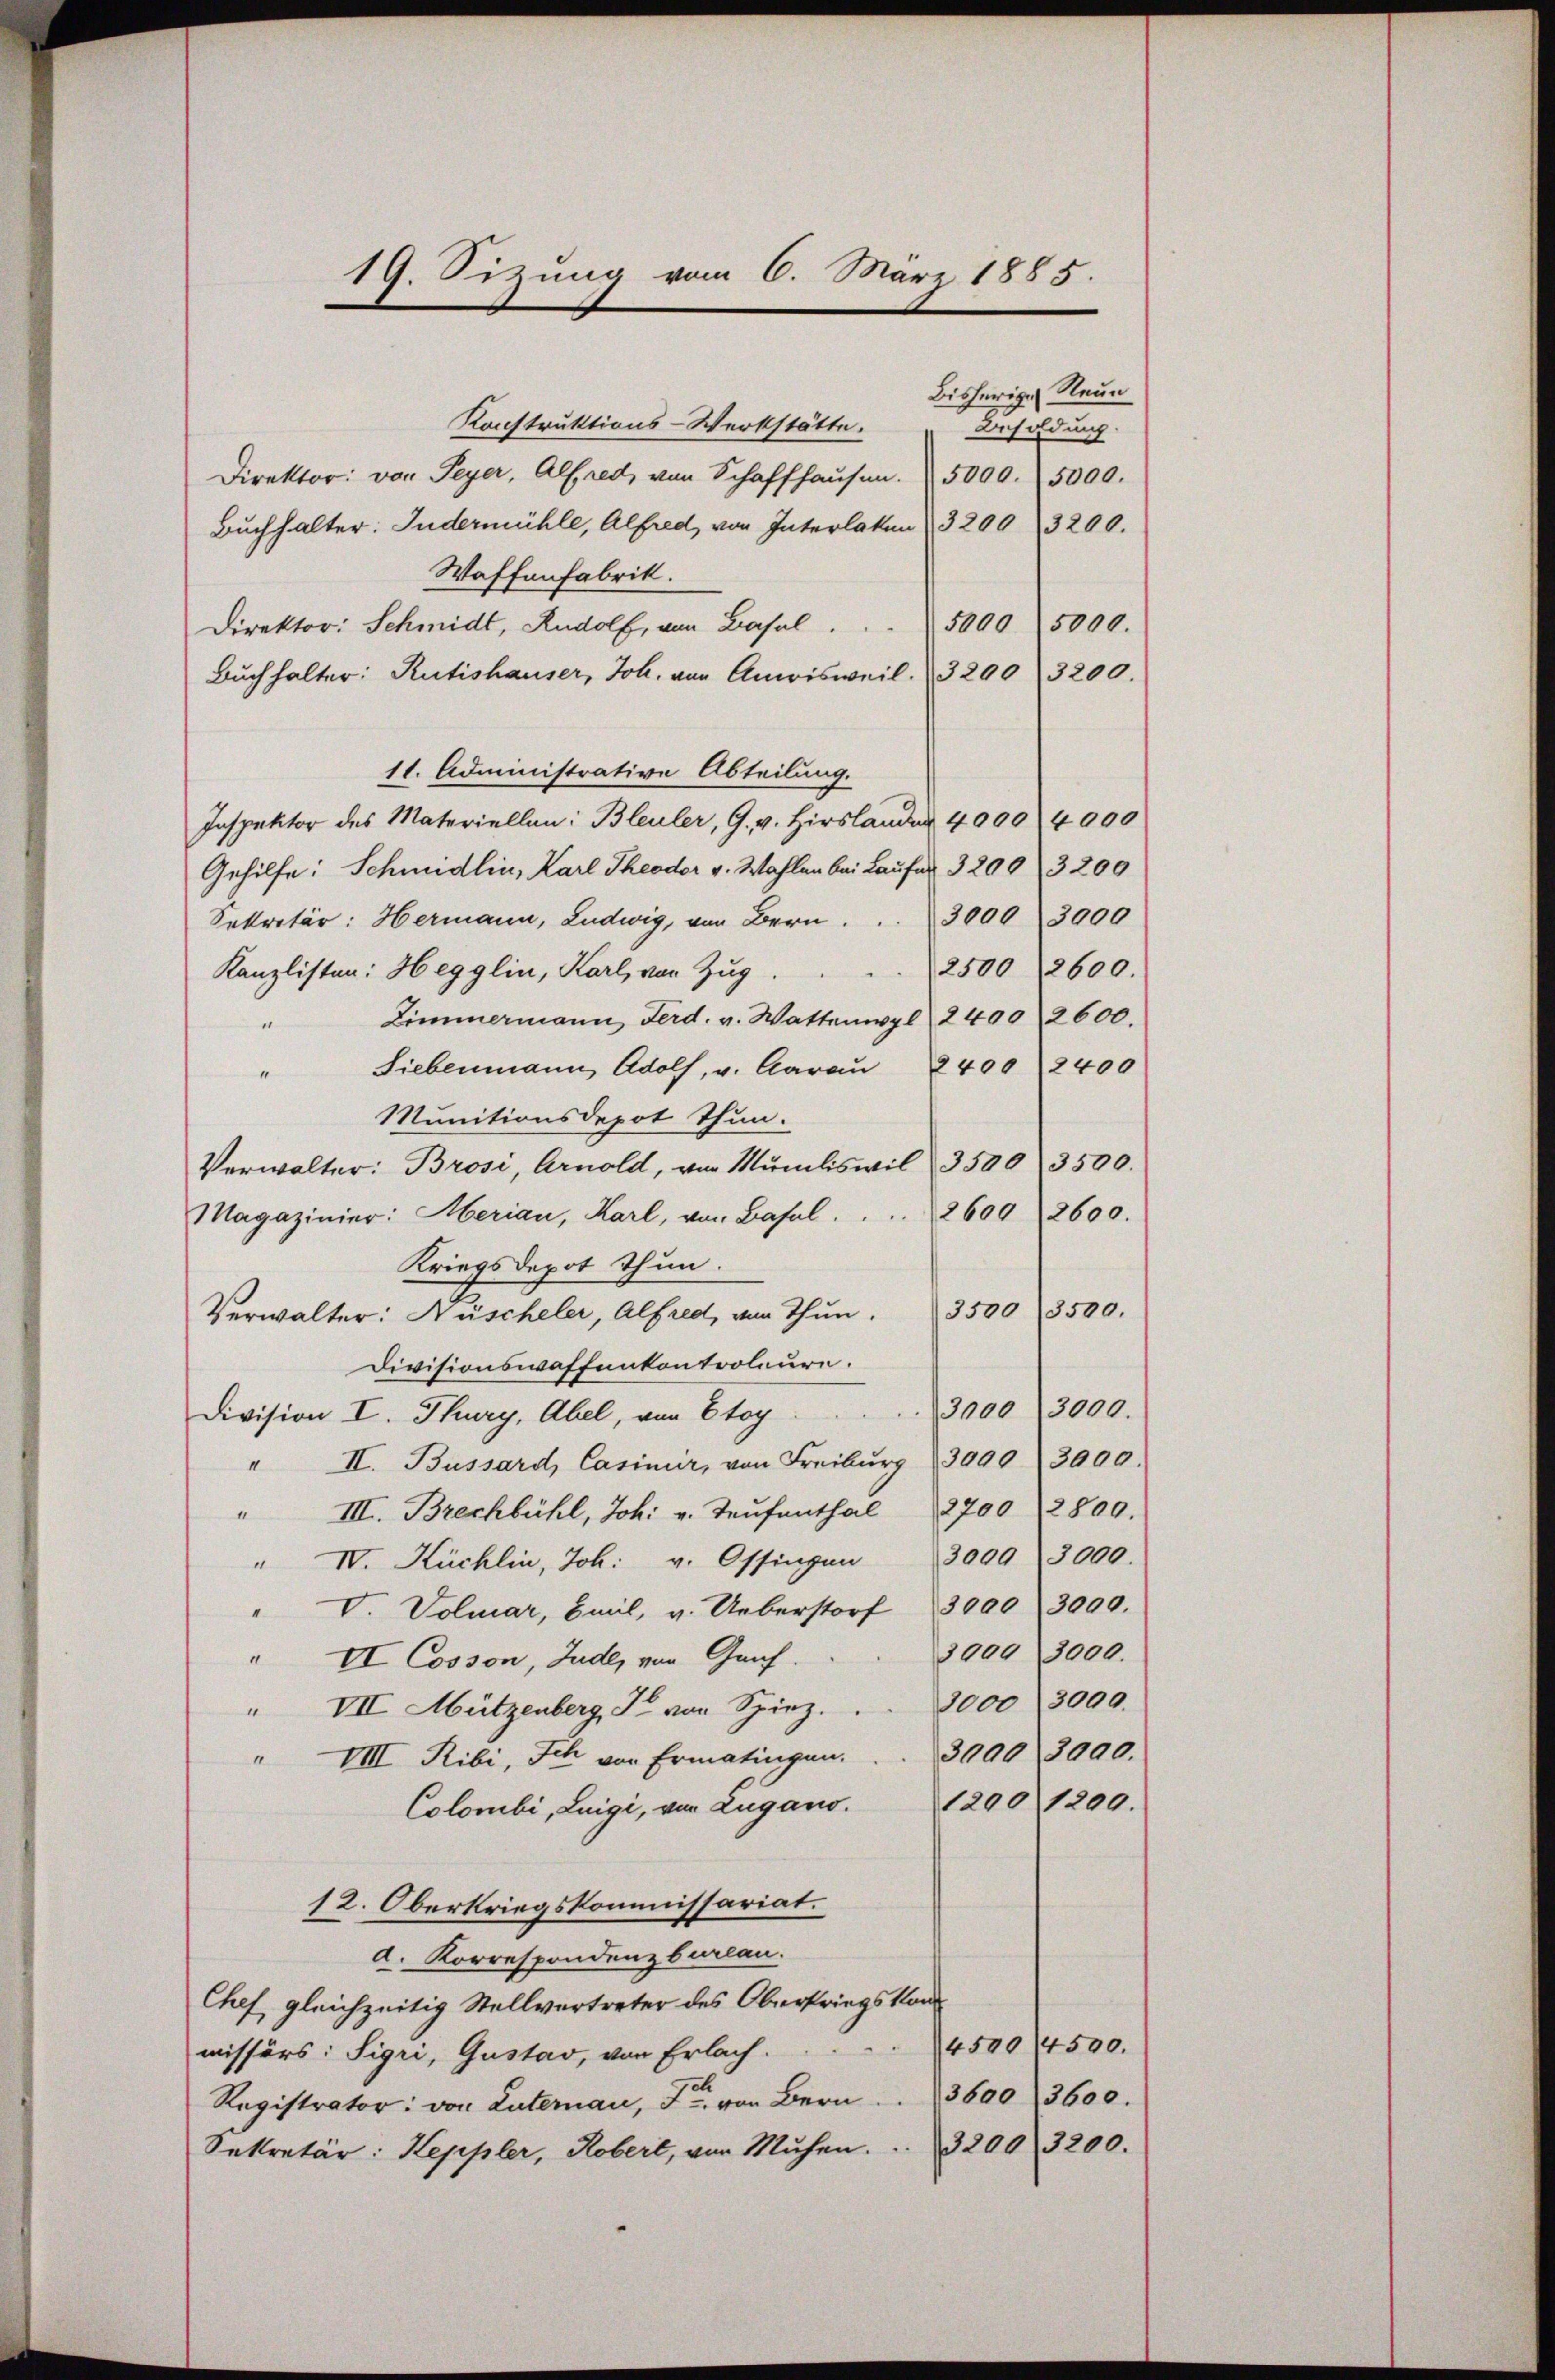
19. Sizung vom 6. März 1885.

Bisherige Neue
Konstruktions-Werkstätte.
Besoldung.
Direktor: von Feyer, Alfred von Schaffhaŭsen. 5000. 5000.
Buchhalter: Indermühle, Alfred, von Interlaken 3200 3200.
Waffenfabrik.
5000 5000.
Direktor: Schmidt, Rudolf, von Basel.
Buchhalter: Rütishauser, Joh. von Anisweil. 3200 3200.
11. Administrative Abteilung.
Inspektor des Materiellen: Bleuler, G. v. Hirslander 4000 4000
Gehilfe: Schmidlin, Karl Theodor v. Wahlen bei Laufer 3200. 3200
Sekretär: Hermann, Ludwig, von Bern . . . 3000 3000
2500 (8600.
Kanzlisten: Hegglin, Karl, von Zug
Zimmermann, Ferd. v. Wattenwyl 2400 2600.
n
Siebenmann Adolf, v. Aarau 2400 2400
4
Munitionsdepot Thun.
Verwalter: Brosi, Arnold, von Mumliswil 3500 3500.
2600 (2600.
Magazinier: Merian, Karl, von Basel.
Kriegsdepot Thun.
Verwalter: Nüscheler, Alfred, von Thun. 3500 3500.
Divisionswaffenkontroleure.
3000 (3000.
Division I. Thury, Abel, von Etoy
" II. Bussard, Casinur, von Freiburg (3990 3000.
III. Brechbühl, Joh. v. Taŭfenthal 2700 2800.
II
" IV. Kuchlin, Joh. v. Ossingen 3000 3000.
V. Volmar, Bail, v. Ueberstorf 3000  3000.
3909 3000.
" VI Cosson, Jude, von Genf.
" VII Mützenberg, S. von Spiez. . . 3000 3000.
VII. Ribi, Ich von Ermatingen.  ..  ..  3000 3000.
1200 1200.
Colombi, Luigi, von Zugano.
12. Oberkriegskommissariat.
d. Korrespondenz belan
Chef gleichzeitig Stellvertreter des Oberkriegskan
4500 (4500.
missers: Sigri, Gustav, von Erlach.
Registrator: von Luternau, Fr. von Bern . . 3600 3600.
Sekretär: Keppler, Robert, von Mühen.  .. 3200 3200.